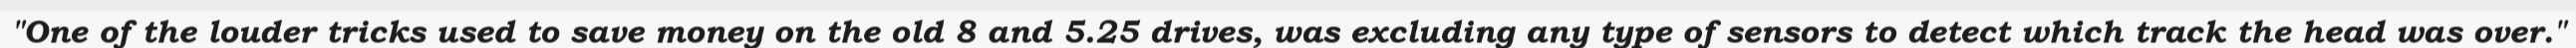
"One of the louder tricks used to save money on the old 8 and 5.25 drives, was excluding any type of sensors to detect which track the head was over."